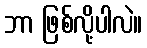
ဘာ ဖြစ်လို့ပါလဲ။